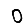
Digit: 0